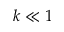
k \ll 1